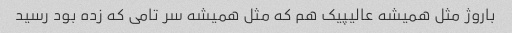
باروژ مثل همیشه عالیپیک هم که مثل همیشه سر تامی که زده بود رسید